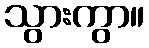
သွားကွာ။